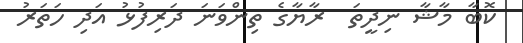
ކޮބާ މާޝާ ނިދީތަ  ރާޔާގެ ތިންވަނަ ދަރިފުޅު އަދި ހަތަރު